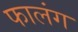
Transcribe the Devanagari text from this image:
फालंग